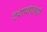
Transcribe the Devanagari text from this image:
ठशाशालशी